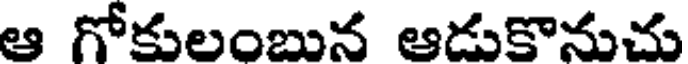
ఆ గోకులంబున ఆడుకొనుచు